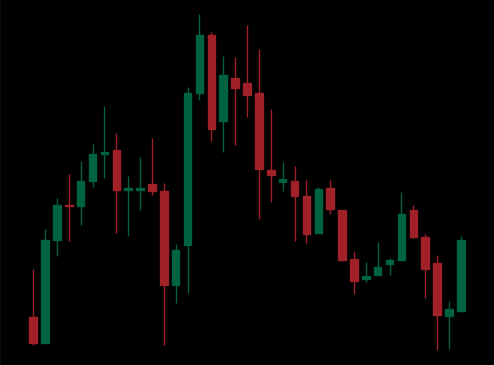
Pattern: head_shoulders